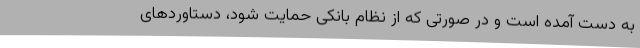
به دست آمده است و در صورتی که از نظام بانکی حمایت شود، دستاوردهای